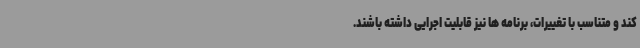
کند و متناسب با تغییرات، برنامه ها نیز قابلیت اجرایی داشته باشند.